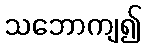
သဘောကျ၍